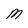
Character: M